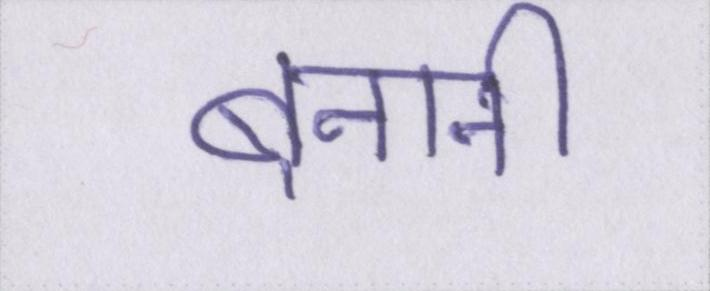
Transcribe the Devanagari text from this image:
बनानी